Tartu_Kolgata_baptistikogudus, lk 96
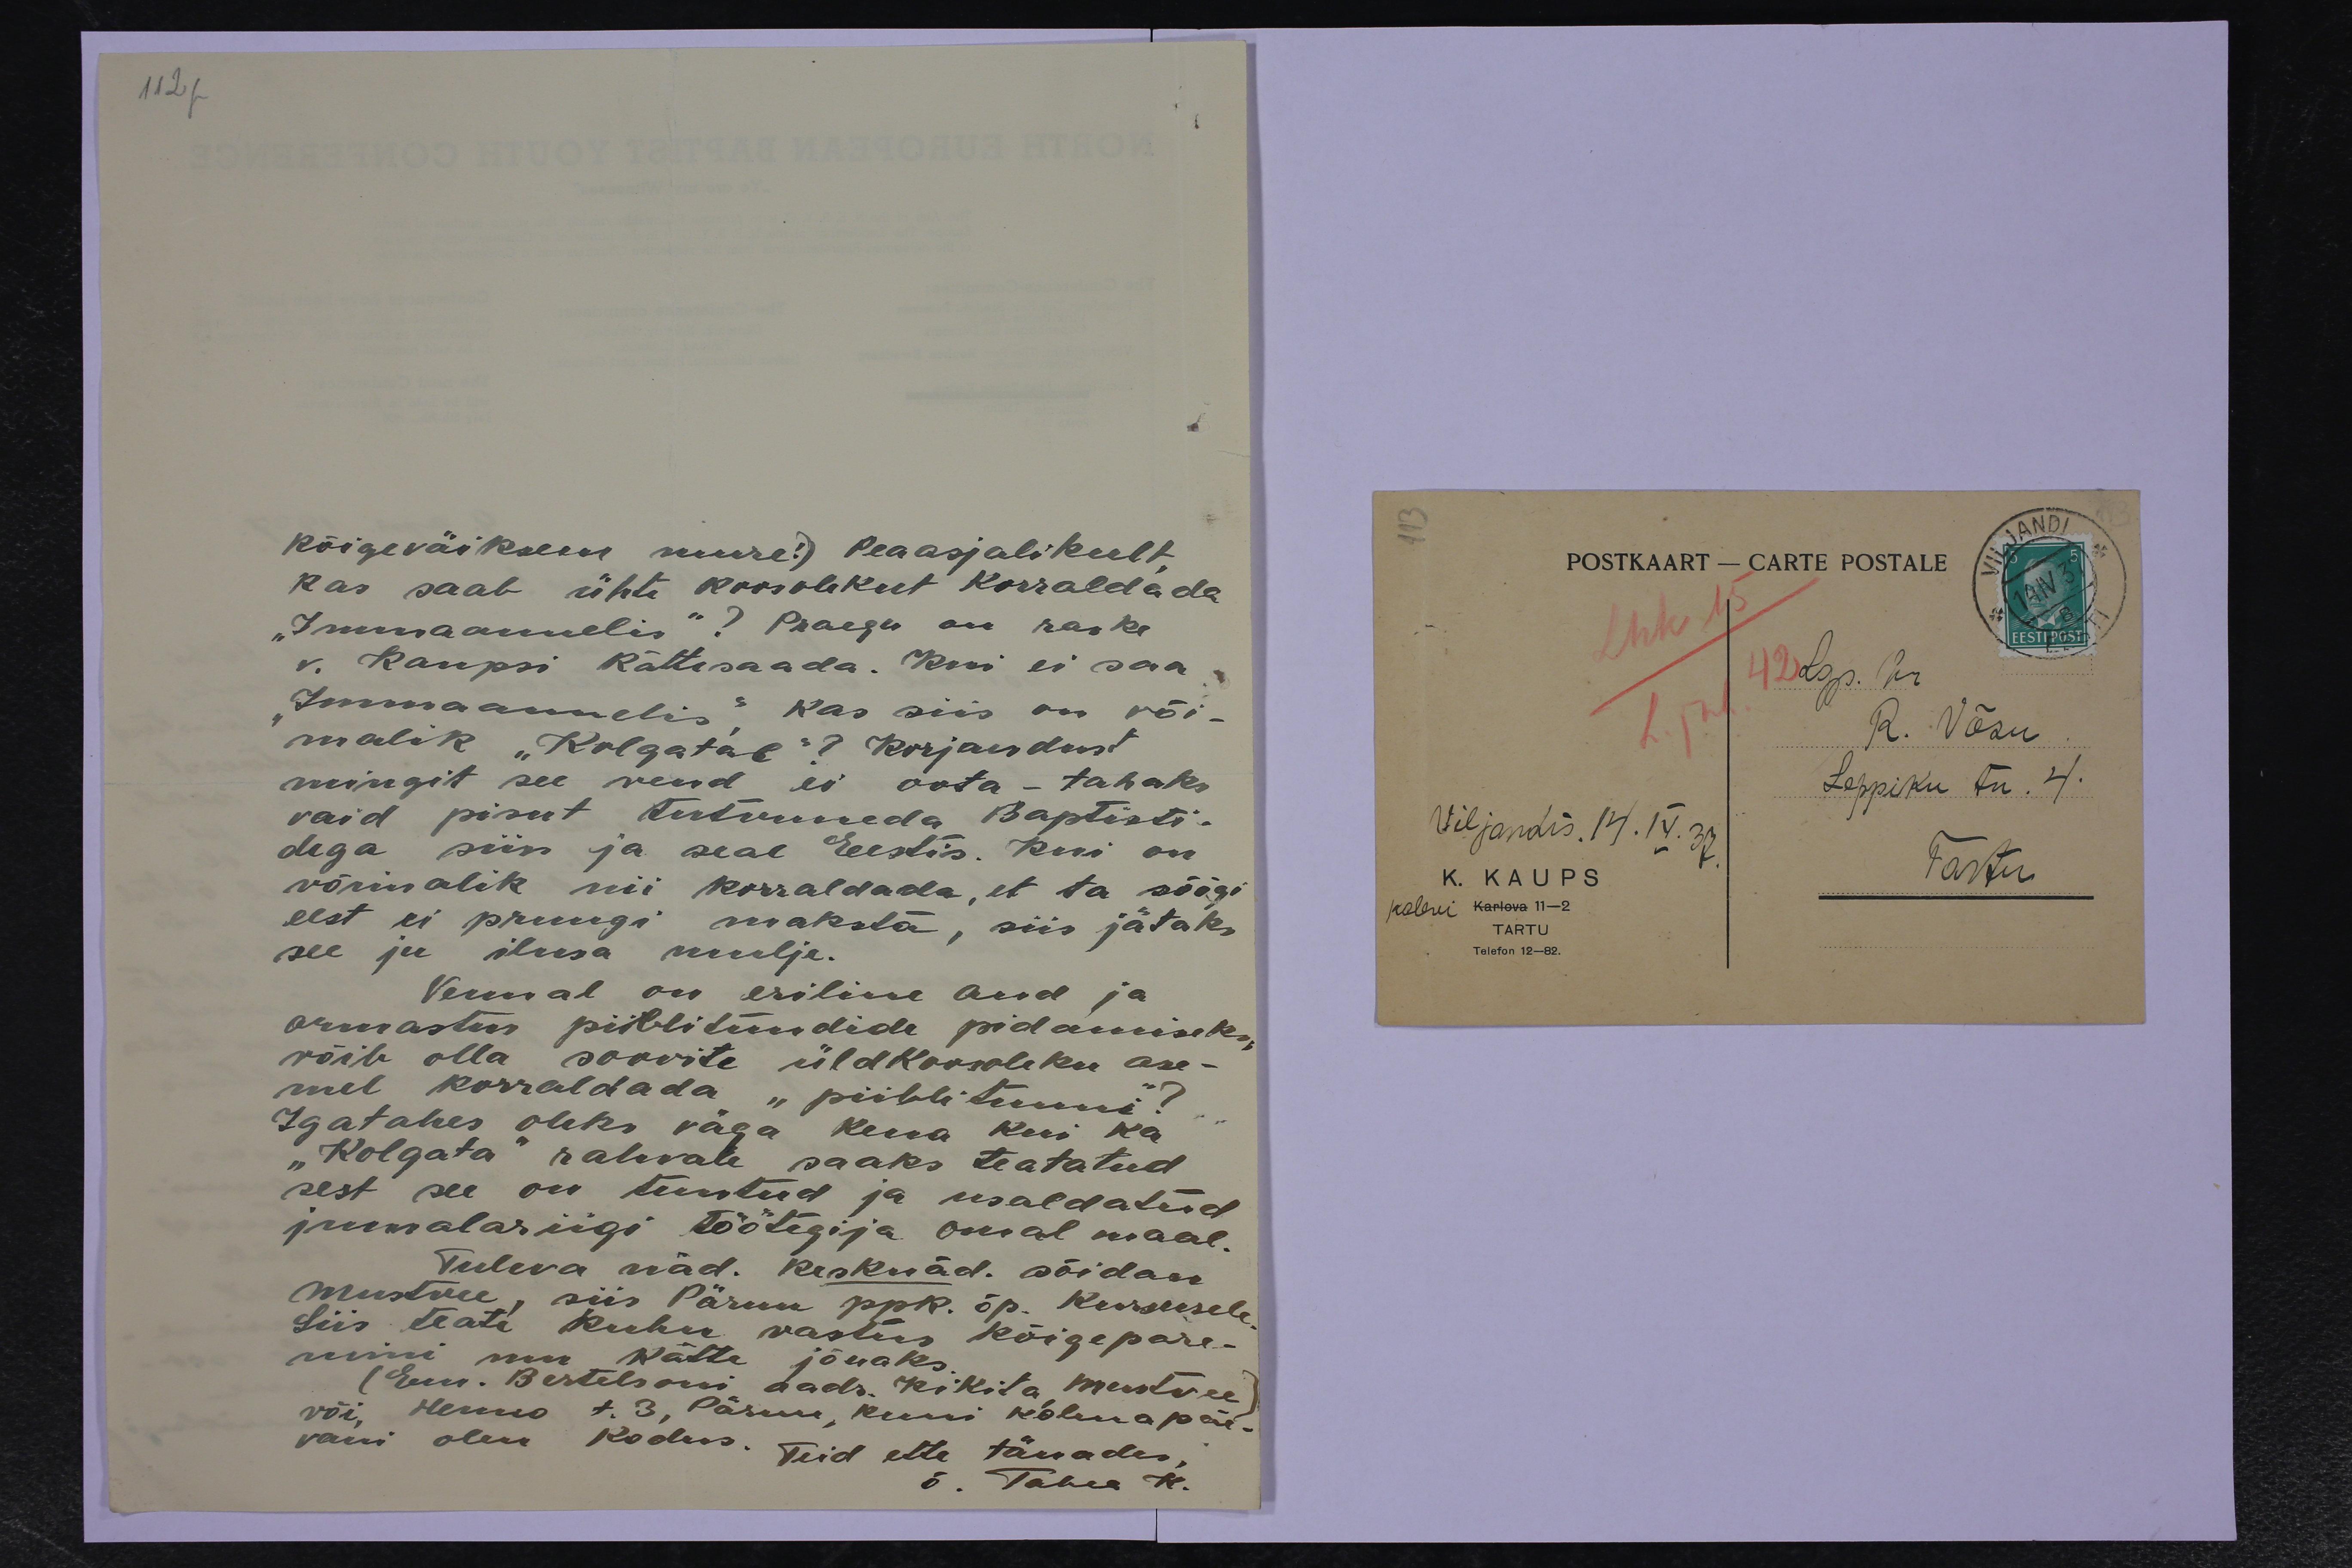
112

kõige väiksem mure!) Peaasjalikult
kas saab ühte koosolekut korraldada
"Immaanuelis"? Praegu on raske
v. Kaupsi kättesaada. Kui ei saa
"Immaanuelis" Kas siis on või-
malik "Kolgatal"? Korjandust
mingit see vend ei oota - tahaks
vaid pisut tutvuneda Baptisti-
dega siin ja seal Eestis. Kui on
võimalik nii korraldada, et ta söögi
eest ei pruugi maksta, siis jätaks
see ju ilusa mulje.
Vennal on eriline and ja
armastus piiblitundide pidamiseks
võib olla soovite üldkoosoleku ase-
mel korraldada "piiblitunni"?
Igatahes oleks väga kena kui ka
"Kolgata" rahvale saaks teatatud
sest see on tuntud ja usaldatud
jumalariigi töötegija omal maal.
Tuleva näd. Kesknäd. sõidan
Mustvee, siis Pärnu pkk. õp. Kursusele
Siis teate kuhu vastus kõigepare-
mini mu kätte jõuaks.
(Eem. Bertelsoni aadr. Kükita Mustvee)
või Henno t. 3. Pärnu, kuni kolmapäe-
vani olen kodus. Teid ette tänades,
õ. Tahes K.

POSTKAART - CARTE POSTALE
Lgp. Hr.
R. Võsu
Leppiku tn. 4.
Viljandis, 14.IX.33
K. KAUPS
Tartu
Kalevi Karlova 11-2
Telefon 12-82.